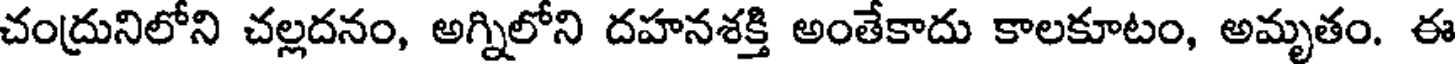
చంద్రునిలోని చల్లదనం, అగ్నిలోని దహనశక్తి అంతేకాదు కాలకూటం, అమృతం. ఈ